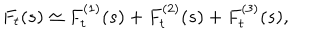
F _ { t } ( s ) \simeq F _ { t } ^ { ( 1 ) } ( s ) + F _ { t } ^ { ( 2 ) } ( s ) + F _ { t } ^ { ( 3 ) } ( s ) ,